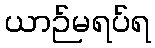
ယာဉ်မရပ်ရ